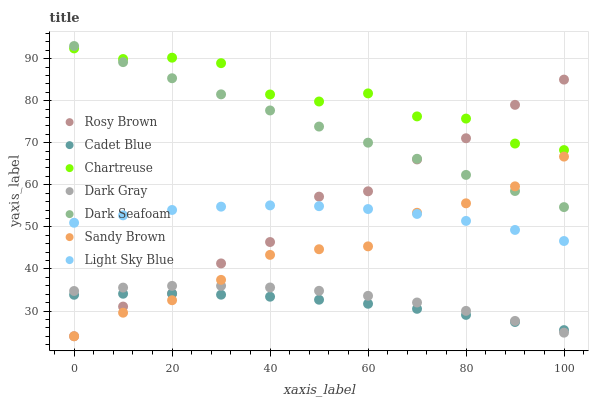
| xaxis_label | Rosy Brown | Cadet Blue | Chartreuse | Dark Gray | Dark Seafoam | Sandy Brown | Light Sky Blue |
 | --- | --- | --- | --- | --- | --- | --- | --- |
 | 0 | 24 | 33.9 | 92.4 | 34.8 | 93 | 24 | 51 |
 | 10 | 31.1 | 34.1 | 89.9 | 35.6 | 89.2 | 29.6 | 52.7 |
 | 20 | 34.2 | 34.1 | 90.2 | 36 | 85.3 | 32.6 | 54 |
 | 30 | 41.3 | 33.9 | 88.9 | 36 | 81.5 | 37.4 | 54.8 |
 | 40 | 46.4 | 33.4 | 81.5 | 35.6 | 77.7 | 43.3 | 55.1 |
 | 50 | 57.2 | 32.7 | 79.8 | 34.8 | 73.9 | 44.7 | 54.9 |
 | 60 | 58.5 | 31.7 | 81.7 | 33.6 | 70 | 45.4 | 54.2 |
 | 70 | 66 | 30.5 | 76.3 | 32 | 66.2 | 53.4 | 53.1 |
 | 80 | 71.1 | 29.1 | 75.7 | 30 | 62.4 | 55.6 | 51.4 |
 | 90 | 79 | 27.4 | 69.8 | 27.6 | 58.5 | 59.6 | 49.3 |
 | 100 | 85 | 25.5 | 68.3 | 24.9 | 54.7 | 66.7 | 46.6 |